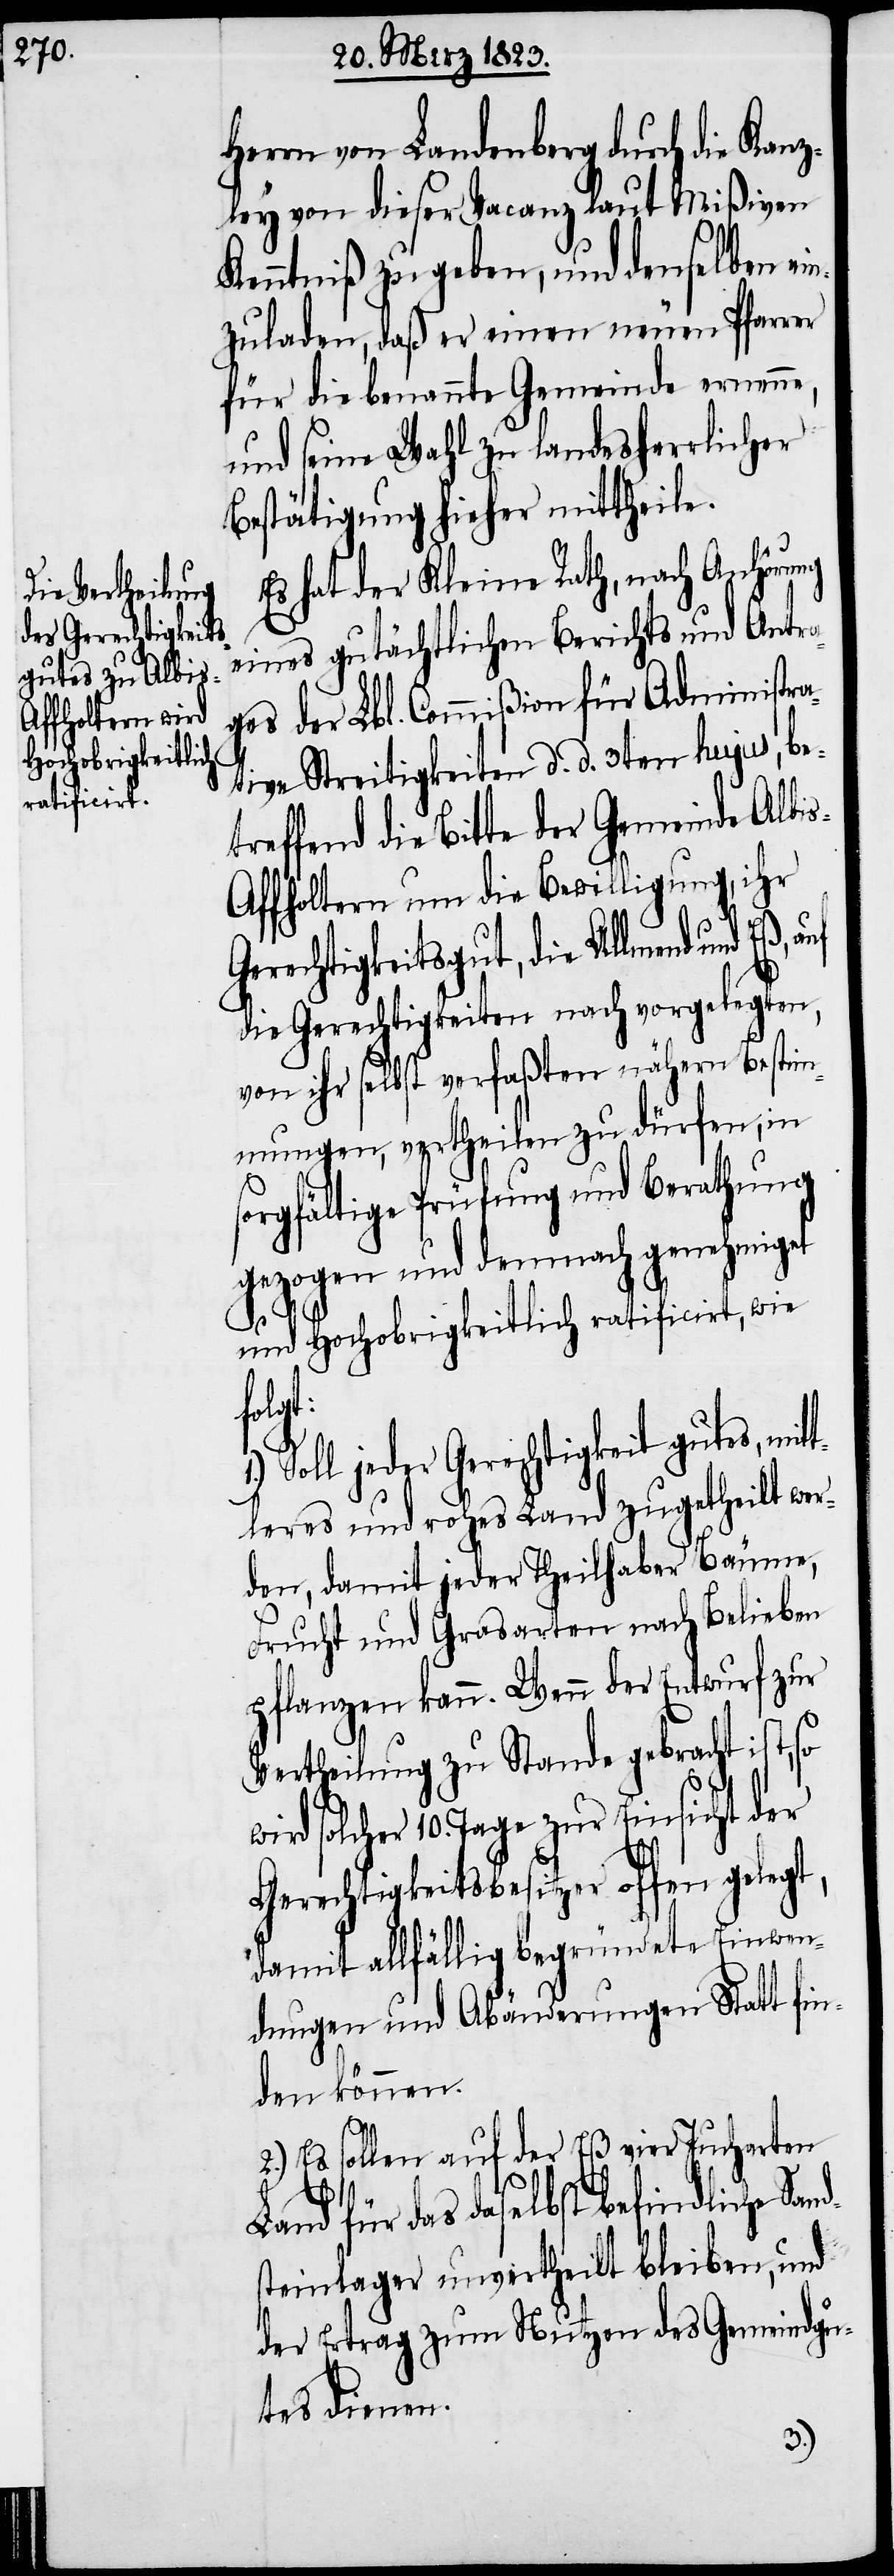
Herrn von Landenberg durch die Kanz¬
ley von dieser Vacanz laut Mißiven
Kenntniß zu geben, und denselben
zuladen, daß er einen neuen Pfarrer
für die benannte Gemeinde ernenne,
und seine Wahl zu landesherrlicher
Bestätigung hieher mittheile.
Es hat der Kleine Rath, nach Anhörung
eines gutächtlichen Berichts und Antra¬
ges der Lbl. Commißion für Administra¬
tive Streitigkeiten d. d. 3ten hujus, be¬
treffend die Bitte der Gemeinde Albi¬
s-Affholtern um die Bewilligung, ihr
Gerechtigkeitsgut, die Allmend und
die Gerechtigkeiten nach vorgelegten,
von ihr selbst verfaßten nähern Bestim¬
mungen, vertheilen zu dürfen, in
sorgfältige Prüfung und Berathung
gezogen und demnach genehmiget
und Hochobrigkeitlich ratificirt, wie
so w¬
Soll jeder Gerechtigkeit gutes, mit¬
tleres und rohes Land zugetheilt wer¬
den, damit jeder Theilhaber Bäume,
Frucht und Grasarten nach Belieben
pflanzen kann. Wenn der Entwurf zur
Vertheilung zu Stande gebracht ist,
ird solcher 10. Tage zur Einsicht der
Gerechtigkeitsbesitzer offen gelegt,
damit allfällig begründete Einwen¬
dungen und Abänderungen Statt fin¬
den können.
d¬
2.) Es sollen auf der Eß vier Jucharten
Land für das daselbst befindliche San¬
steinlager unvertheilt bleiben, und
der Ertrag zum Nutzen des Gemeindgu¬
tes dienen.
1.)